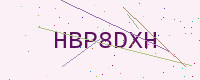
Text: HBP8DXH